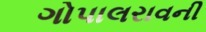
ગોપાલરાવની